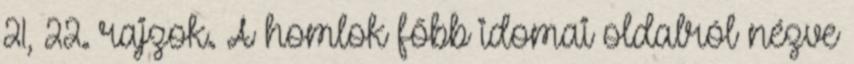
21, 22. rajzok. A homlok főbb idomai oldalról nézve